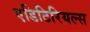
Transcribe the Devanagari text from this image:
एडिटिरियल्स